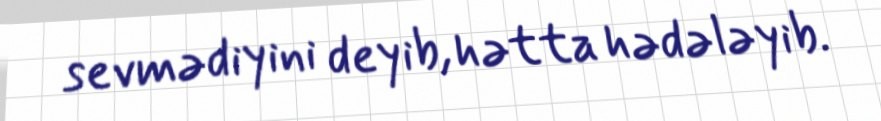
sevmədiyini deyib, hətta hədələyib.